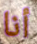
أنا